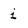
Character: i